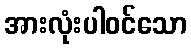
အားလုံးပါဝင်သော